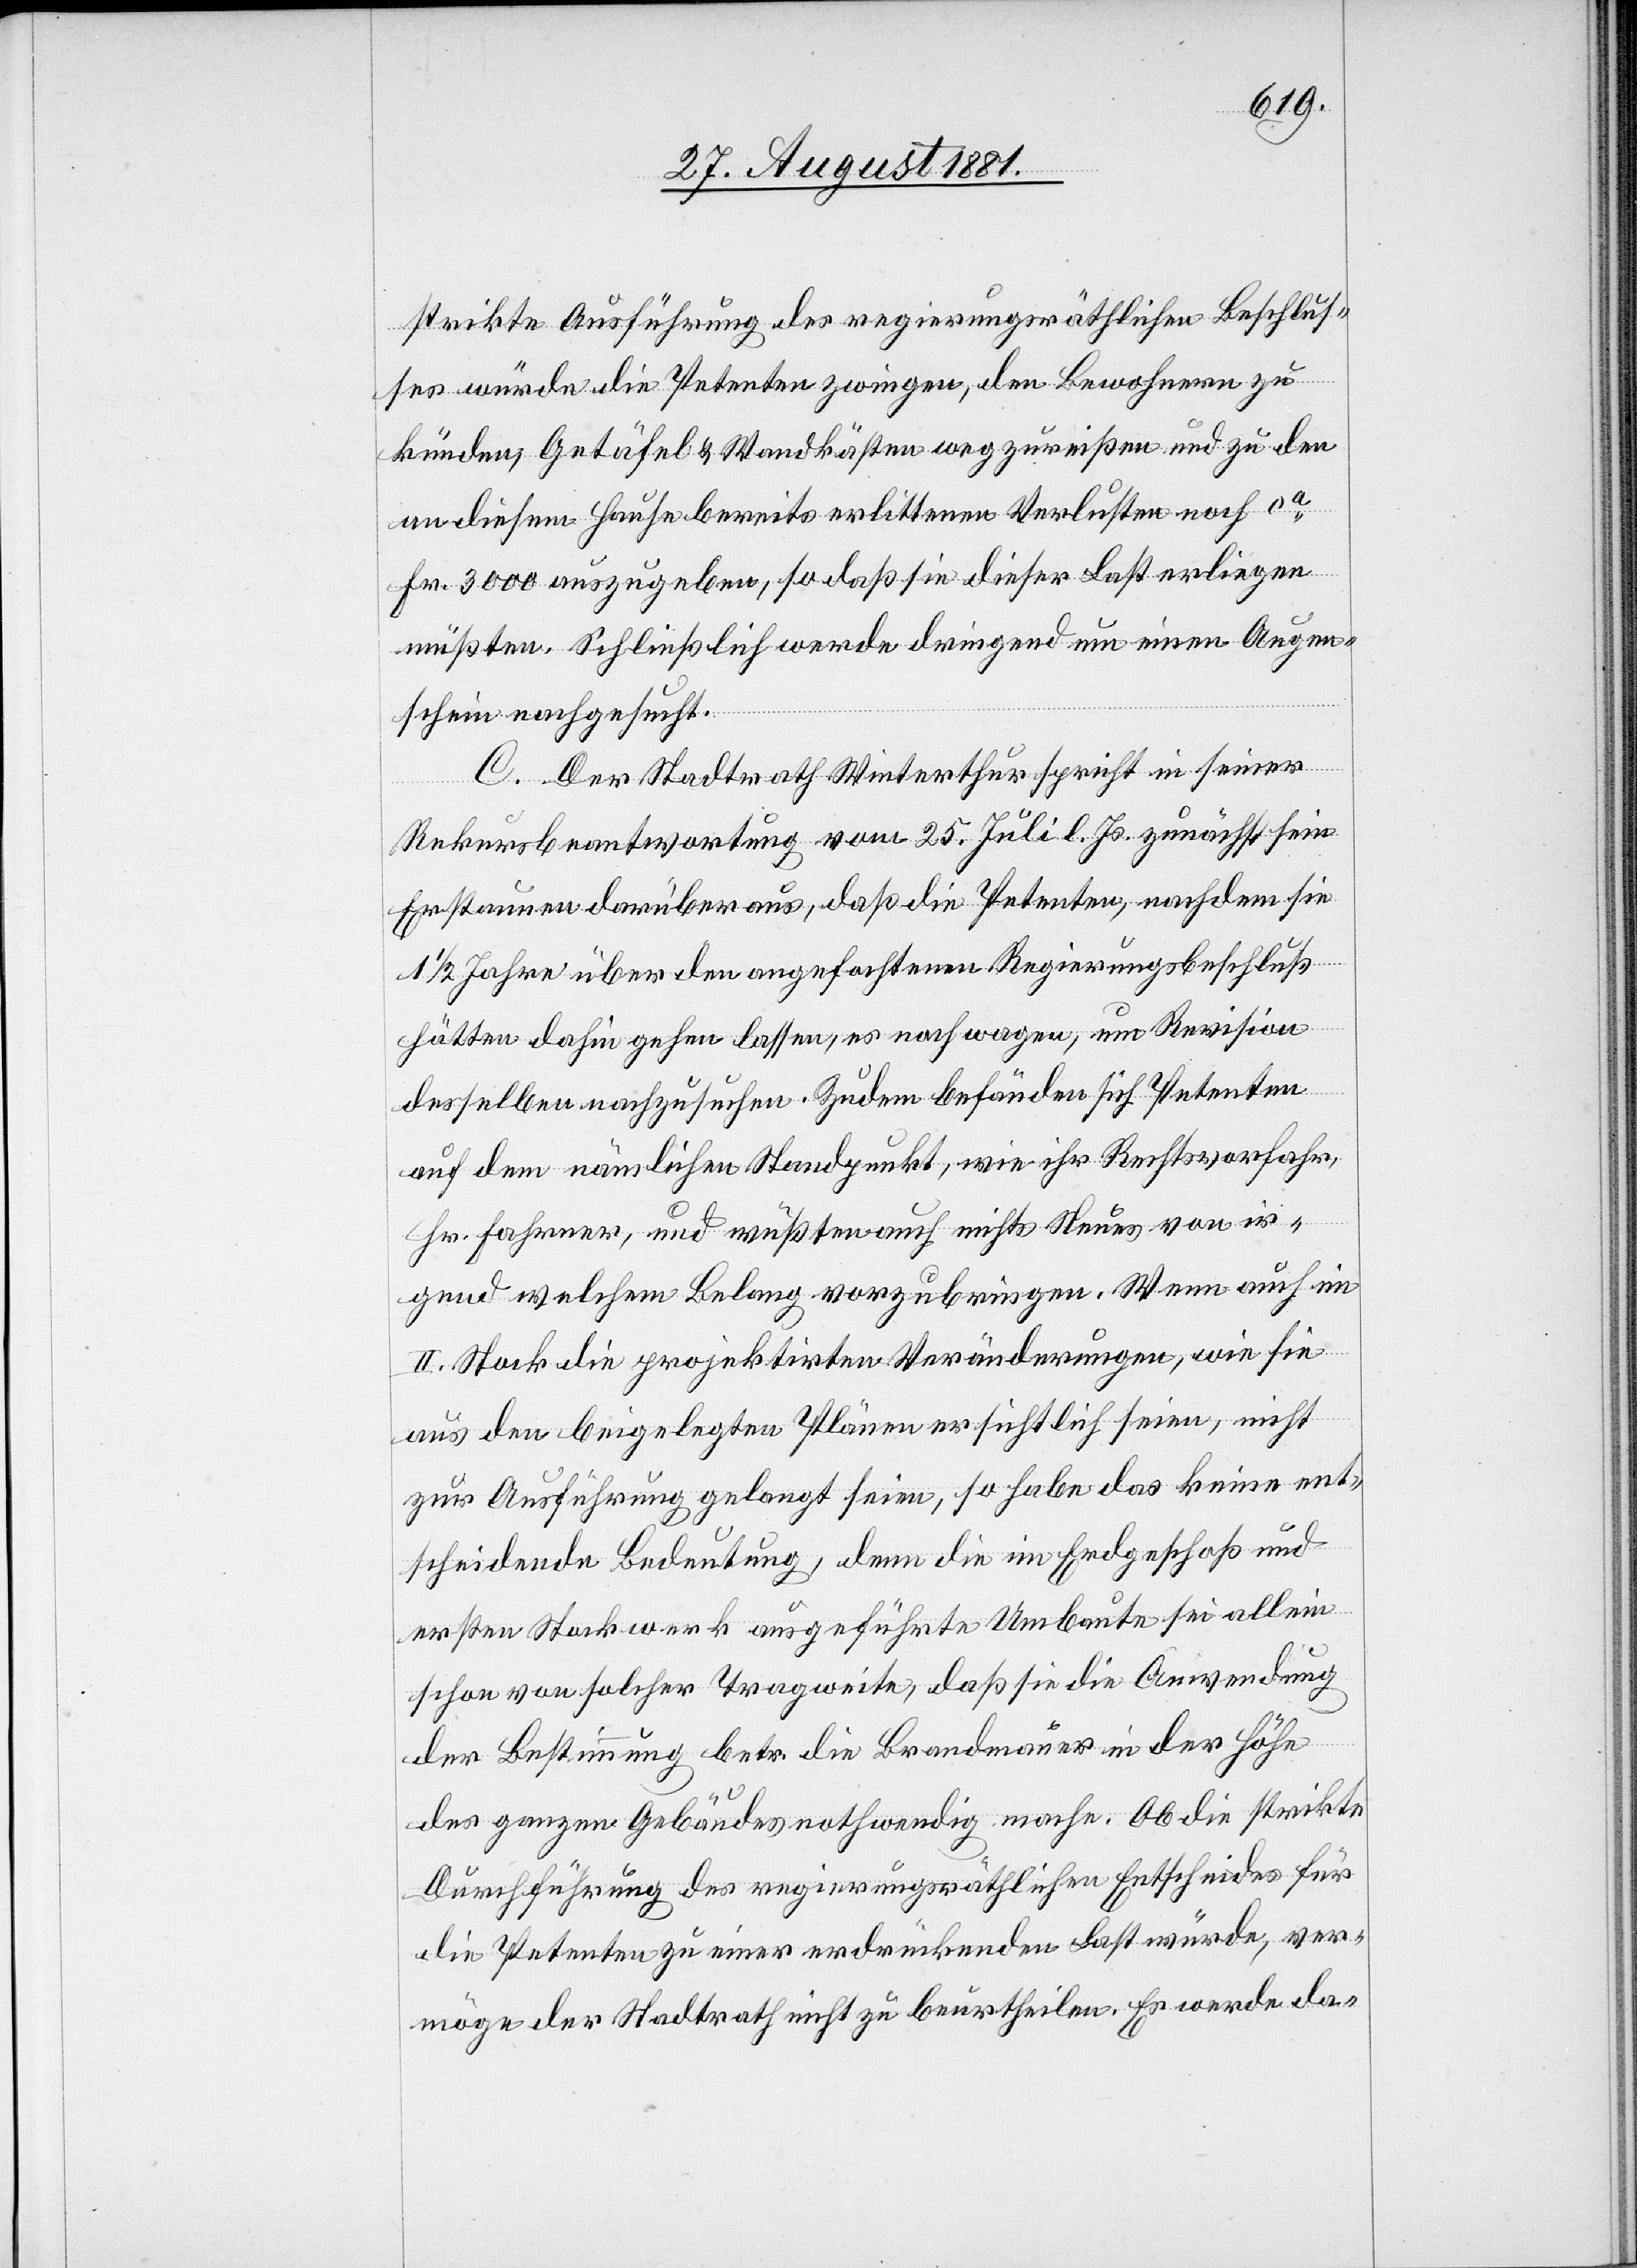
strikte Ausführung des regierungsräthlichen Beschlus¬
ses würde die Petenten zwingen, den Bewohnern zu
künden, Getäfel & Wandkästen wegzureißen und zu den
an diesem Hause bereits erlittene Verlusten noch ca
Fr. 3000 auszugeben, so daß sie dieser Last erliegen
müßten. Schließlich werde dringend um einen Augen¬
schein nachgesucht.
C. Der Stadtrath Winterthur spricht in seiner
Rekursbeantwortung vom 25. Juli l. Js. zunächst sein
Erstaunen darüber aus, daß die Petenten, nachdem sie
1 1/2 Jahre über den angefochtenen Regierungsbeschluß
hätten dahin gehen lassen, es noch wagen, um Revision
desselben nachzusuchen. Zudem befänden sich Petenten
auf dem nämlichen Standpunkt, wie ihr Rechtsvorfahr
Hr. Fahrner, und wüßten auch nichts Neues von ir¬
gend welchem Belang vorzubringen. Wenn auch ein
II. Stock die projektirten Veränderungen, wie sie
aus den beigelegten Plänen ersichtlich seien, nicht
zur Ausführung gelangt seien, so habe das keine ent¬
scheidende Bedeutung, denn die im Erdgeschoß und
ersten Stockwerk ausgeführte Umbaute sei allein
schon von solcher Tragweite, daß sie die Anwendung
der Bestimmung betr. die Brandmauer in der Höhe
des ganzen Gebäudes nothwendig mache. Ob die strikte
Durchführung des regierungsräthlichen Entscheides für
die Petenten zu einer erdrückenden Last würde, ver¬
möge der Stadtrath nicht zu beurtheilen. Es werde da-